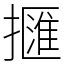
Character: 擓